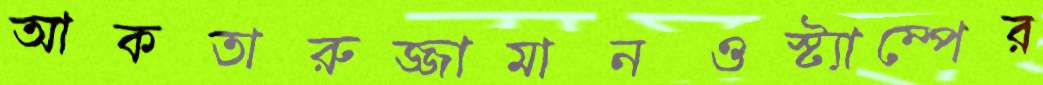
আকতারুজ্জামানওস্ট্যাম্পের